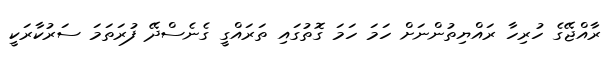
ރާއްޖޭގެ ހުރިހާ ރައްޔިތުންނަށް ހަމަ ހަމަ ގޮތުގައި ތަރައްގީ ގެނެސްދޭ ފުރަތަމަ ސަރުކާރަކީ